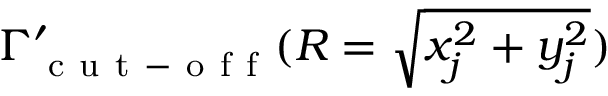
\Gamma _ { \mathrm { ~ c ~ u ~ t ~ - ~ o ~ f ~ f ~ } } ^ { \prime } ( R = \sqrt { x _ { j } ^ { 2 } + y _ { j } ^ { 2 } } )